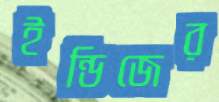
ইন্ডিজের